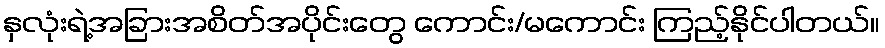
နှလုံးရဲ့အခြားအစိတ်အပိုင်းတွေ ကောင်း/မကောင်း ကြည့်နိုင်ပါတယ်။